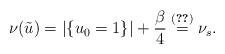
LaTeX: \begin{align*} \nu(\tilde{u})=|\{u_0=1\}|+\frac{\beta}{4}\overset{\eqref{als}}=\nu_s.\end{align*}